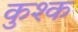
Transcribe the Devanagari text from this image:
कुश्क